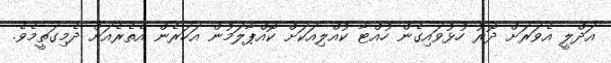
އަދްލީ އެވަރަށް ދޮރު ހުޅުވައިގެން ހުއްޓާ ކުއްލިއަކަށް ކޮއްޕާލަމުން އަހަރެން އެތެރެއަށް ދެމިގަތީމެވެ.